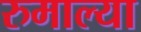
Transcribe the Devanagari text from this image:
रुमाल्या